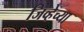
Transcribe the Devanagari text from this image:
जिव्हेच्या